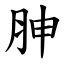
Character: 胂